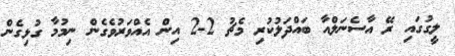
ލީގުގައި ރޭ އާސެނަލްއާ ބައްދަލުކުރި މެޗު 2-2 އިން އެއްވަރުވެގެން ނިމުމާ ގުޅިގެން